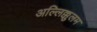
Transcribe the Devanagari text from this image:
अल्लिक्कुलम